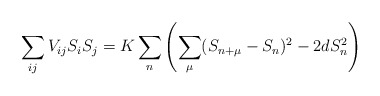
\begin{align*}\sum_{i j} V_{i j} S_i S_j = K \sum_n \left ( \sum_{\mu} (S_{n+\mu}-S_n )^2 - 2 d S_n^2 \right )\end{align*}